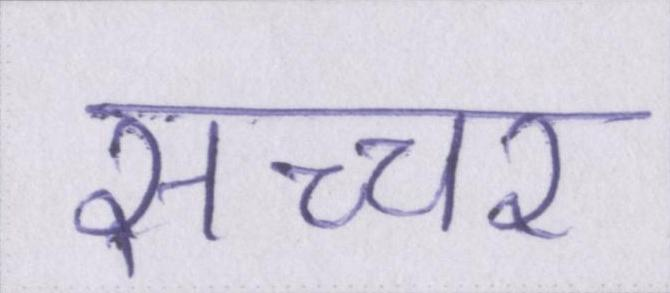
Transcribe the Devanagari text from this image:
सच्चर